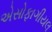
એસોફાગીયલ